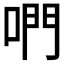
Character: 𠵘